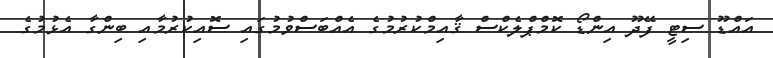
އައްޑޫ ސިޓީ ފޭދޫ އިންޑޯ ކޮމްޕްލެކްސް ޤާއިމްކުރުމުގެ އެއްބަސްވުމުގައި ސޮއިކުރުމާއި ބިންގާ އެޅުމުގެ